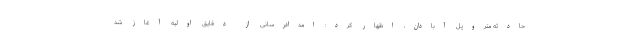
حادثه متروپل آبادان، اظهار کرد: امدادرسانی از دقایق اولیه آغاز شد